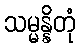
သမ္မန္နိတုံ